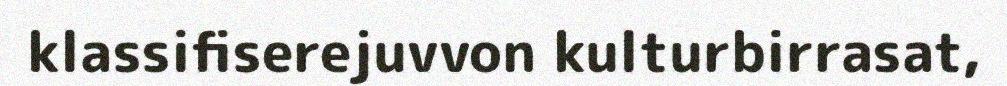
klassifiserejuvvon kulturbirrasat,